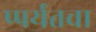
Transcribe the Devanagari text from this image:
प्पर्यंतचा